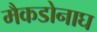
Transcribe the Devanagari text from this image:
मैकडोनाघ